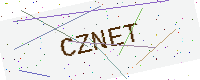
Text: CZNET